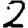
Digit: 2